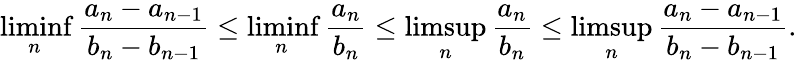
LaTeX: \operatorname*{liminf}_{n}\frac{a_{n}-a_{n-1}}{b_{n}-b_{n-1}}\le\operatorname*{liminf}_{n}\frac{a_{n}}{b_{n}}\le\operatorname*{limsup}_{n}\frac{a_{n}}{b_{n}}\le\operatorname*{limsup}_{n}\frac{a_{n}-a_{n-1}}{b_{n}-b_{n-1}}.